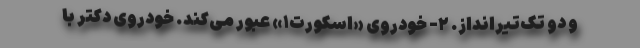
و دو تک‌تیرانداز. ۲- خودروی «اسکورت۱» عبور می‌کند. خودروی دکتر با